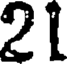
21